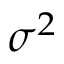
\sigma ^ { 2 }